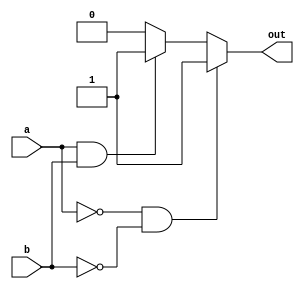
module xnor_behavioral_gate (a, b, out); 
	
	input a, b;

	output out;
	reg out;
	
	always @ (a or b)
	begin
		
		if(a == 1'b0 && b == 1'b0)
		begin
			out <= 1'b1;
		end
		else if(a == 1'b1 && b == 1'b1)
		begin
			out <= 1'b1;
		end
		else
		begin
			out <= 1'b0;
		end

	end

endmodule